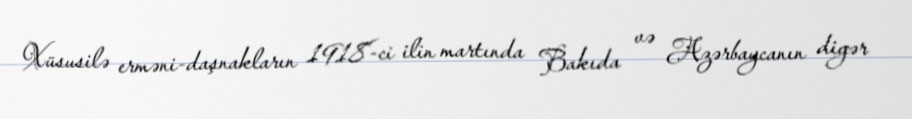
Xüsusilə erməni-daşnakların 1918-ci ilin martında Bakıda və Azərbaycanın digər